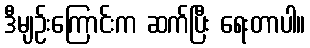
ဒီမျဉ်းကြောင်းက ဆက်ပြီး ရေးတာပါ။